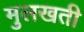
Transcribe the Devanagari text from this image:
मुलखती